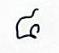
៨